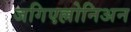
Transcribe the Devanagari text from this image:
जगिएल्लोनिअन